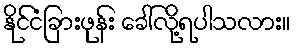
နိုင်ငံခြားဖုန်း ခေါ်လို့ရပါသလား။